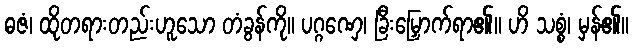
ဓဇံ၊ ထိုတရားတည်းဟူသော တံခွန်ကို။ ပဂ္ဂဏှေ၊ ခြီးမြှောက်ရာ၏။ ဟိ သစ္စံ၊ မှန်၏။